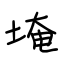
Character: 埯